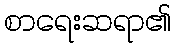
စာရေးဆရာ၏